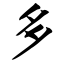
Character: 多